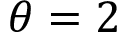
\theta = 2